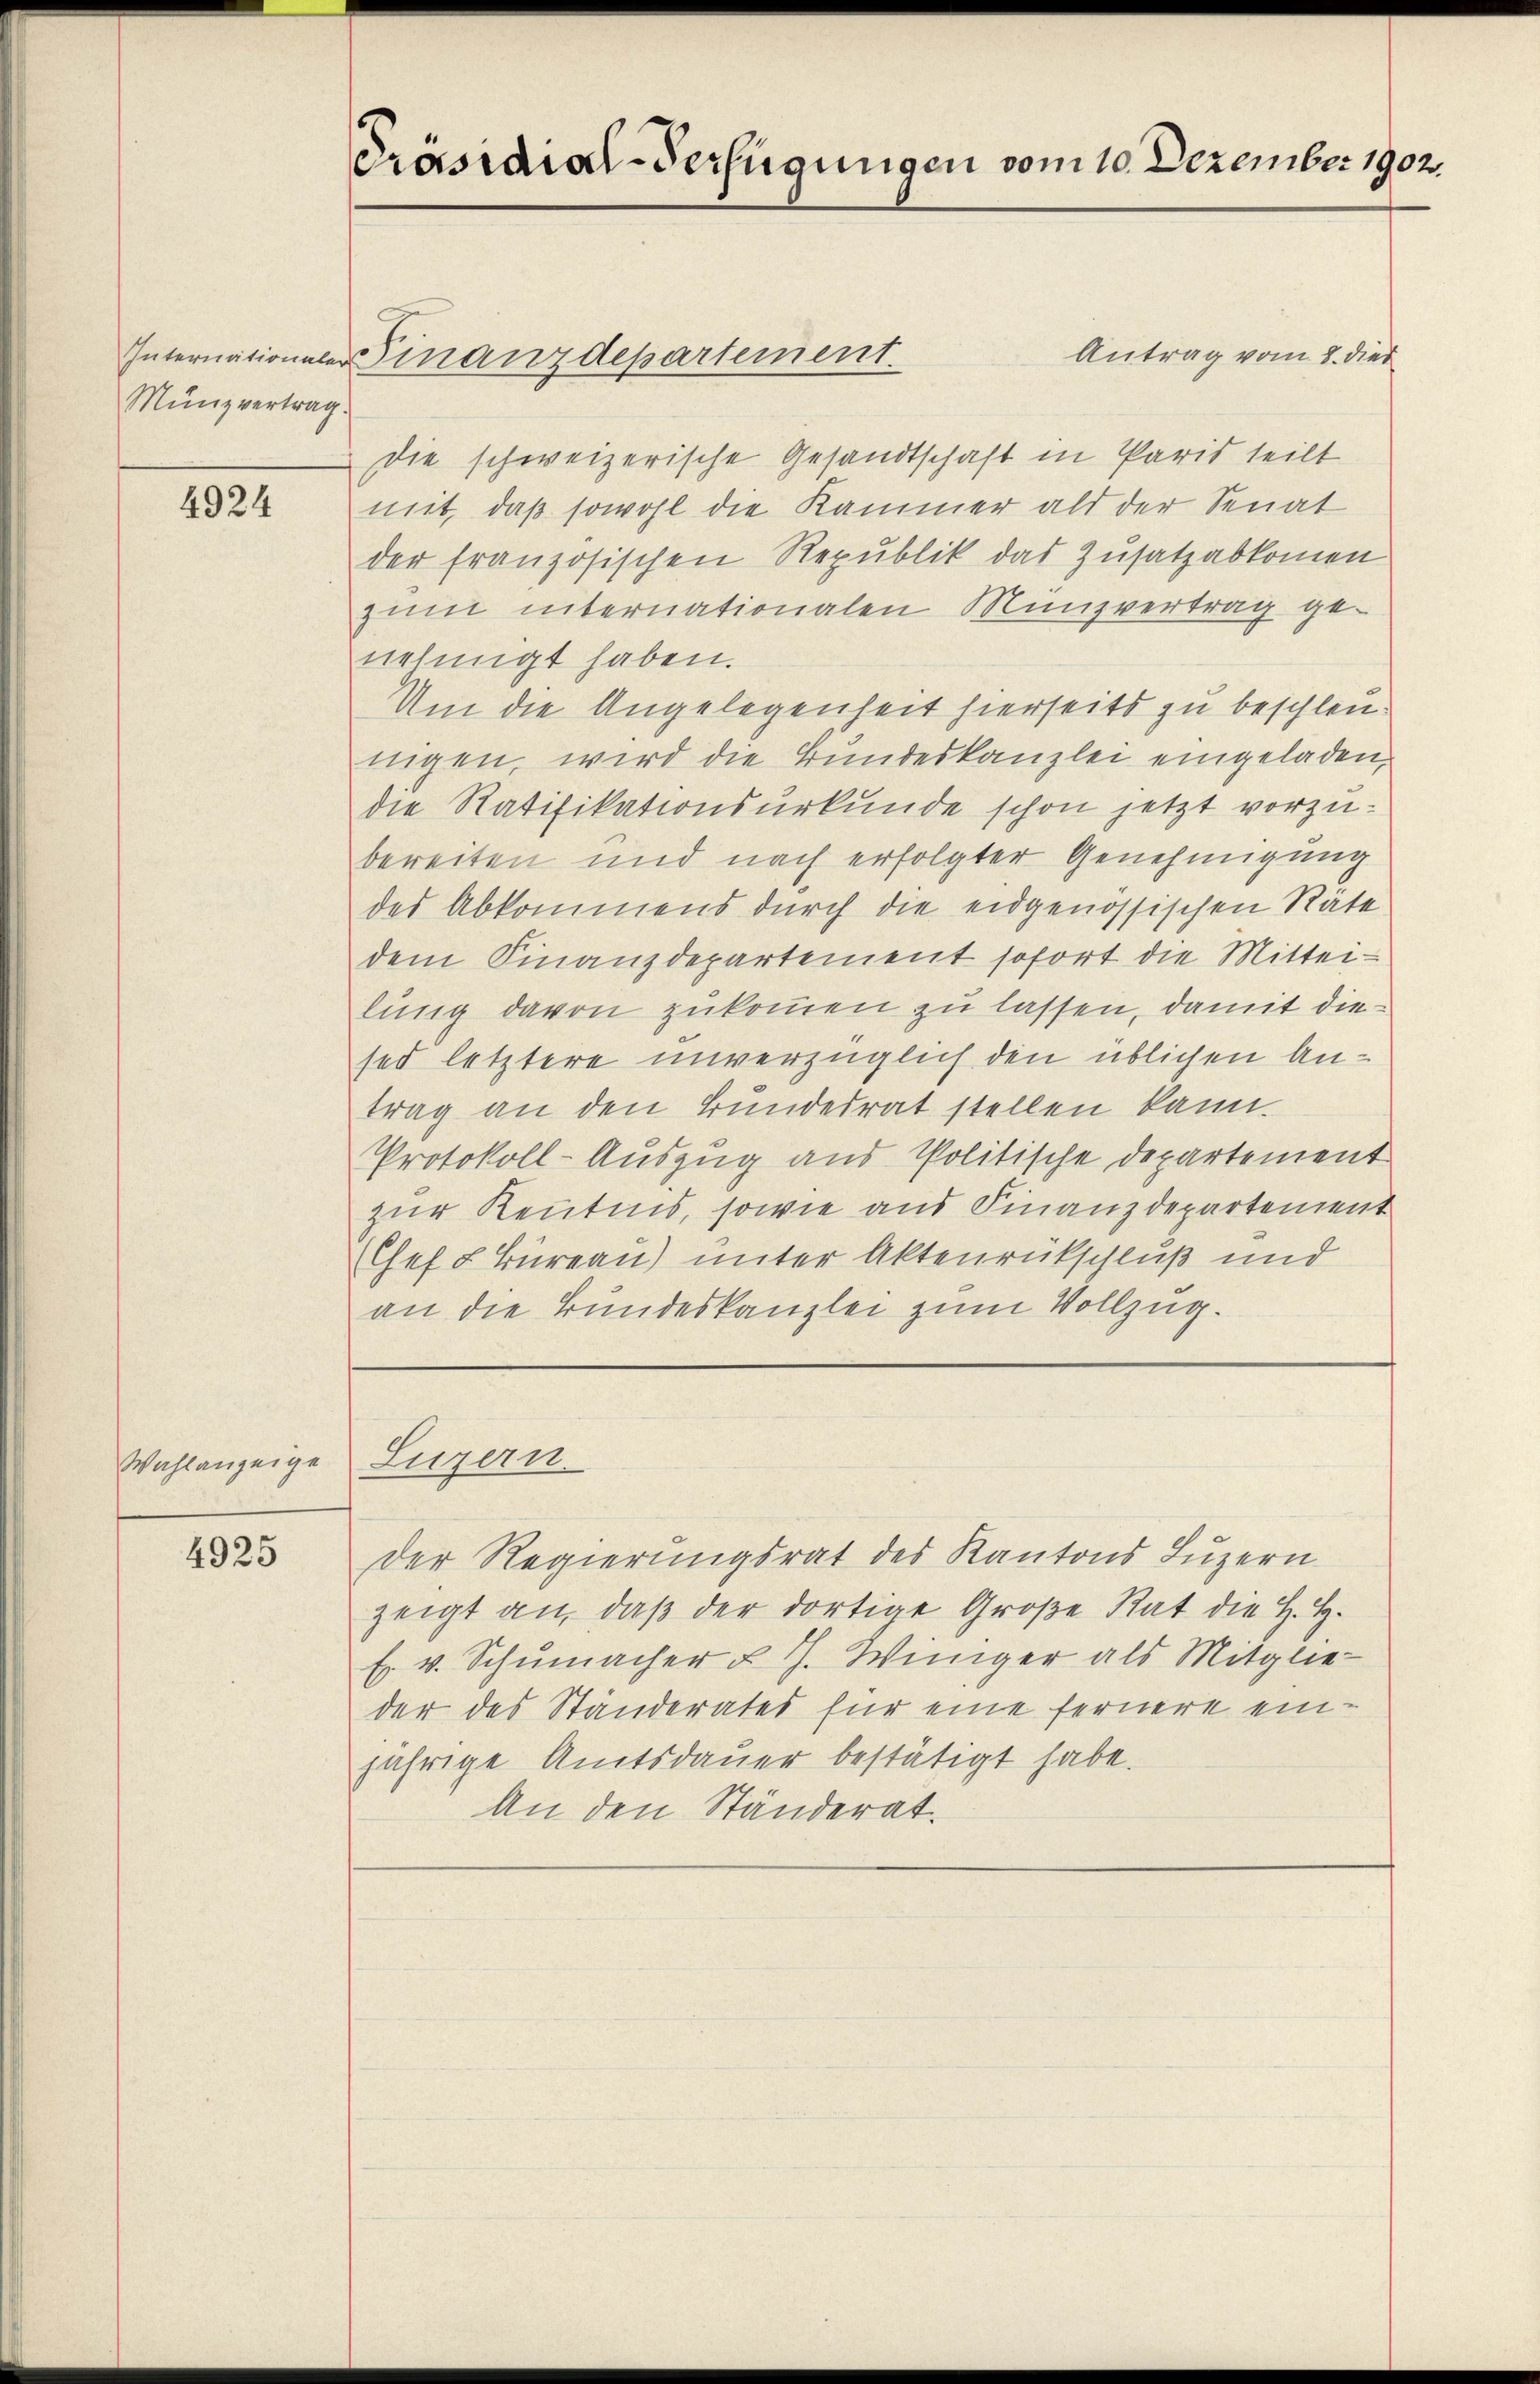
Münzvertrag.

4924

Wahlanzeige

4925

Präsidial-Verfügungen vom 10. Dezember 1902.

Antrag vom 2. dies
Die schweizerische Gesandtschaft in Paris teilt
mit, daß sowohl die Kammer als der Senat
der französischen Republik das Zusatzabkommen
zum internationalen Münzvertrag ge-
nehmigt haben.
Um die Angelegenheit hierseits zu beschleu¬
Eugen, wird die Bundeskanzlei eingeladen,
die Ratifikationsurkunde schon jetzt vorzubereiten und nach erfolgter Genehmigung
des Abkommens durch die eidgenössischen Räte
dem Finanzdepartement sofort die Mittei-
lung davon zukommen zu lassen, damit diesed letztere unverzüglich den üblichen Antrag an den Bundesrat stellen kann.
Protokoll-Auszug aus Politische Departement
zur Kenntnis, sowie aus Finanzdepartement
Chef L Bureau) unter Aktenrückschluß und
an die Bundeskanzlei zum Vollzug.

Internationaler Finanzdepartement.

Luzern.

Der Regierungsrat des Kantons Luzern
zeigt an, daß der dortige Große Rat die H. H.
E. v. Schumacher u. Th. Winiger als Mitglieder des Ständerates für eine fernere einjährige Amtsdauer bestätigt habe.
An den Ständerat.